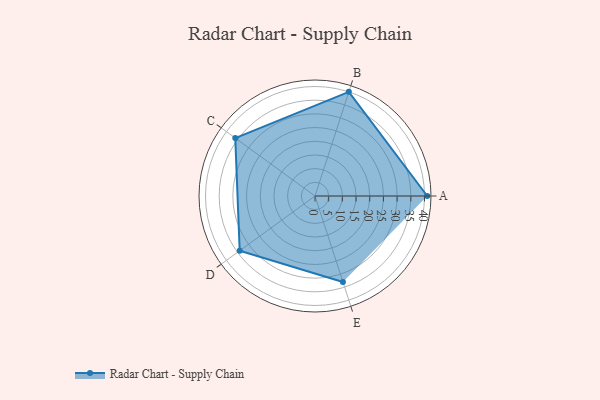
{"axis": {"x": "Skill", "y": "Score"}, "legend": ["Profile"], "data": [{"x": "A", "y": 41.0, "type": "Profile"}, {"x": "B", "y": 40.0, "type": "Profile"}, {"x": "C", "y": 36.0, "type": "Profile"}, {"x": "D", "y": 34.0, "type": "Profile"}, {"x": "E", "y": 33.0, "type": "Profile"}]}